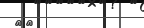
٧٤